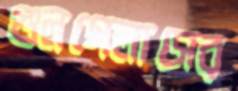
গুলগেলাসের